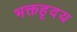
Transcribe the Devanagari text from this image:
भक्तहृदय